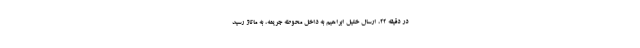
در دقیقه ۲۲، ارسال خلیل ابراهیم به داخل محوطه جریمه، به ماتاژ رسید